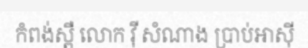
កំពង់ស្ពឺ លោក វ៉ី សំណាង ប្រាប់អាស៊ី